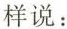
样说：